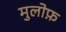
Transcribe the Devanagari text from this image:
मुलोफ़